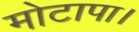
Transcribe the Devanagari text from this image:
मोटापा।